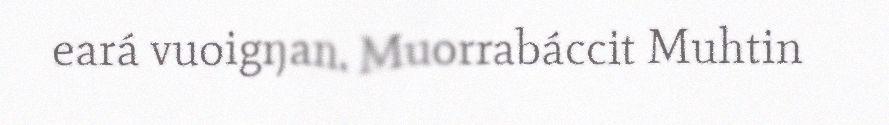
eará vuoigŋan. Muorrabáccit Muhtin